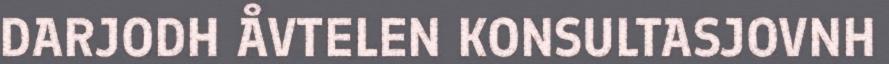
DARJODH ÅVTELEN KONSULTASJOVNH